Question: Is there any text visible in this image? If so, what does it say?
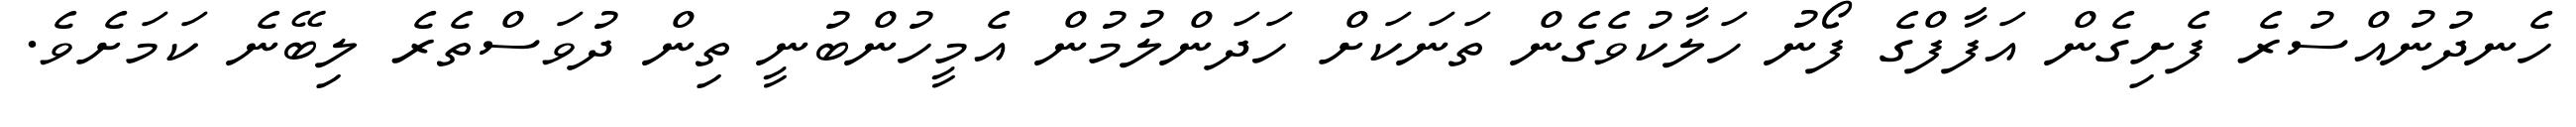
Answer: ހެނދުނުއްސުރެ ފެށިގެން އަފާފްގެ ފޯނު ހަލާކުވެގެން ތަނަކަށް ހަދަންލުމުން އެމީހުންބުނީ ތިން ދުވަސްތެރެ ލިބޭނެ ކަމަށެވެ.